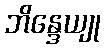
ဘိန္ဒေယျု